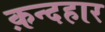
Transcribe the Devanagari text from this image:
क़न्दहार